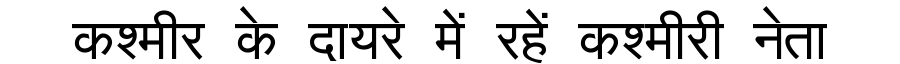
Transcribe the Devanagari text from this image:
कश्मीर के दायरे में रहें कश्मीरी नेता